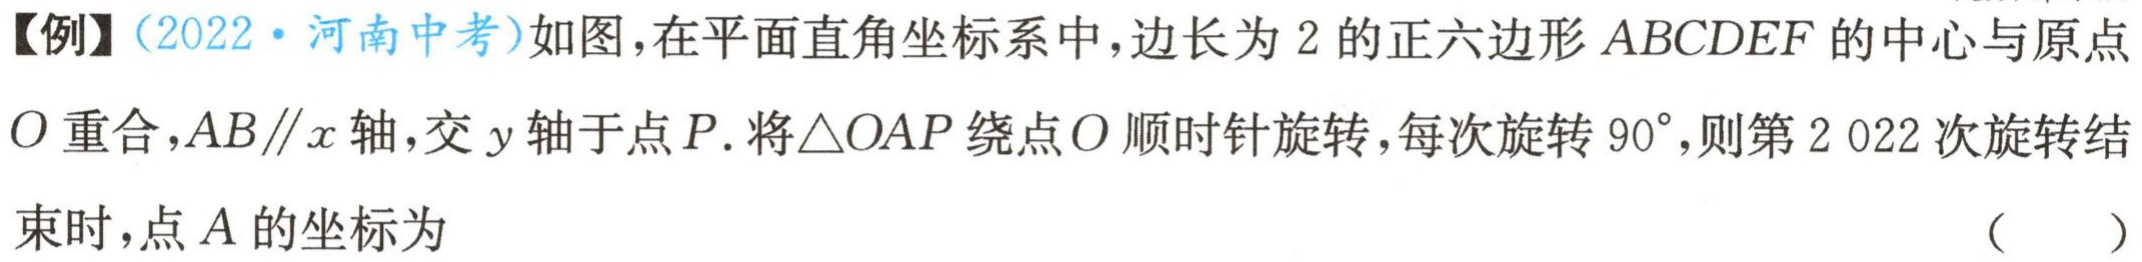
【例】（2022·河南中考）如图，在平面直角坐标系中，边长为 2 的正六边形 \(ABCDEF\) 的中心与原点 \(O\) 重合，\(AB\parallel x\) 轴，交 \(y\) 轴于点 \(P\). 将\(\triangle OAP\) 绕点 \(O\) 顺时针旋转，每次旋转 \(90^{\circ}\)，则第 \(2 022\) 次旋转结束时，点 \(A\) 的坐标为 （  ）